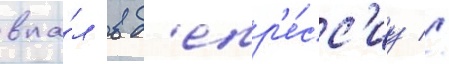
впа́л в д'епр'е́сс'иу //